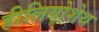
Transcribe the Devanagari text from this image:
हीलियोशेथ